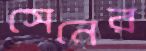
সেনের